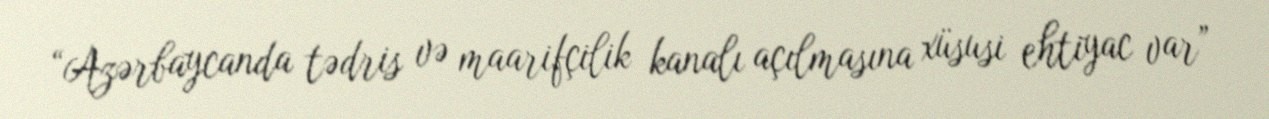
“Azərbaycanda tədris və maarifçilik kanalı açılmasına xüsusi ehtiyac var”